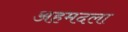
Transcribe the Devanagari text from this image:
अहमदला